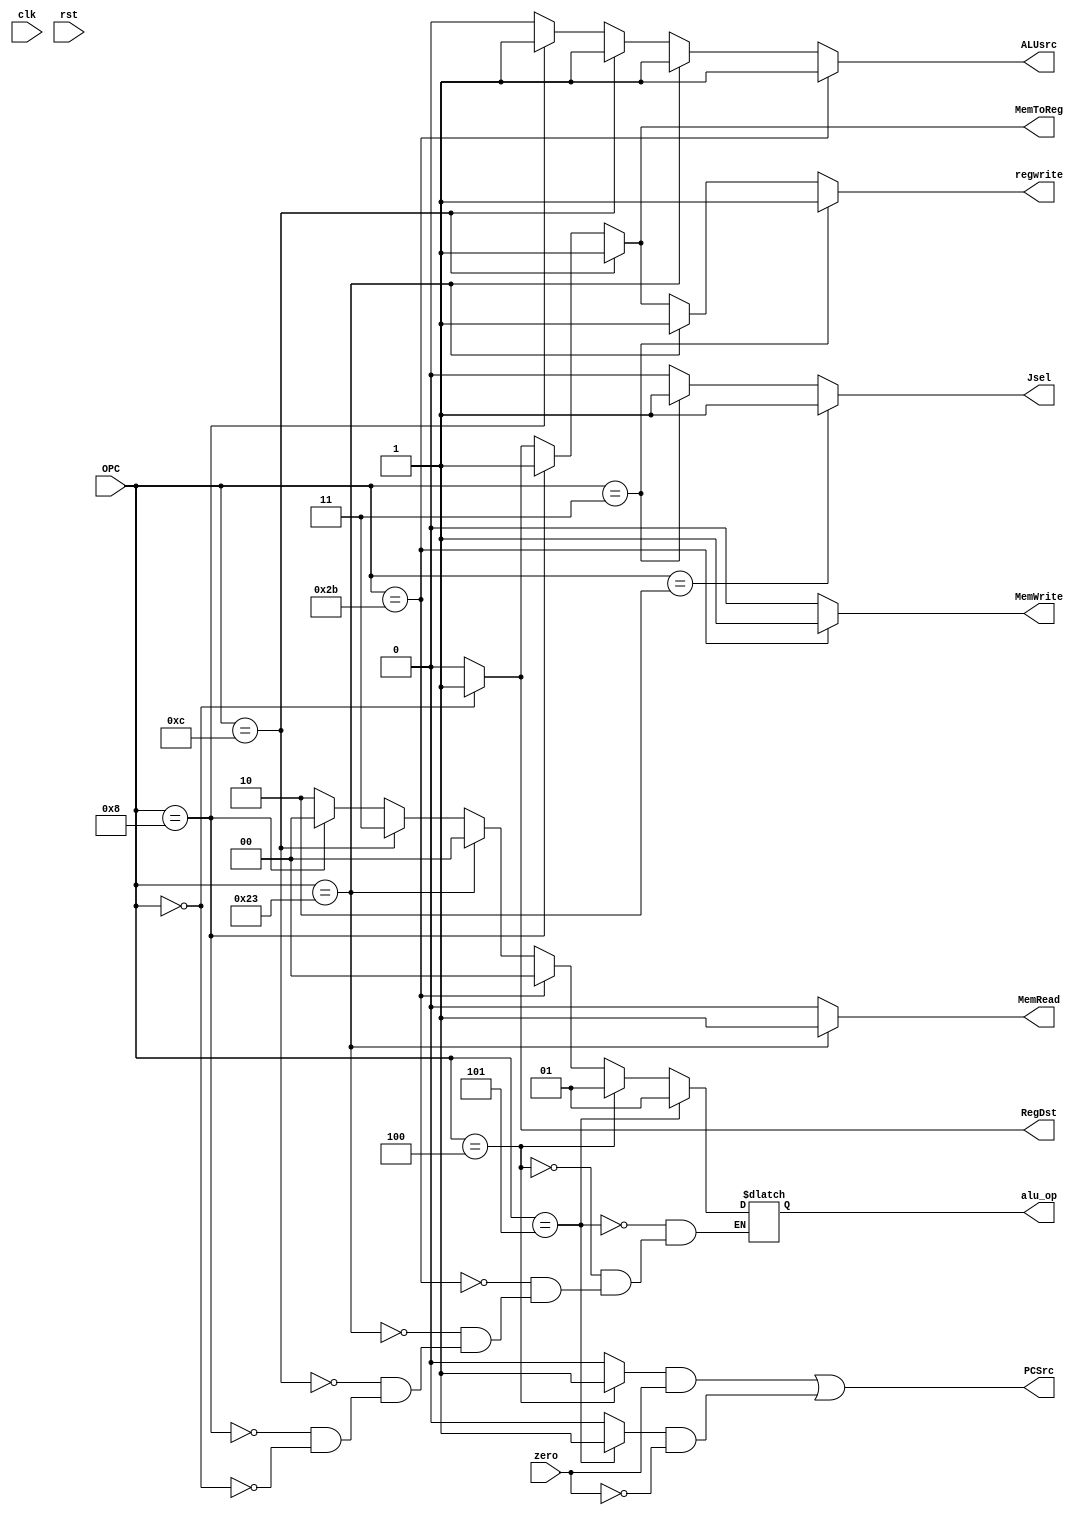
module controller(clk,rst,zero,OPC,ALUsrc,Jsel,regwrite,RegDst,alu_op,MemRead,MemWrite,MemToReg,PCSrc);
    input [5:0] OPC;
    input clk,rst,zero;
    output reg ALUsrc,Jsel,regwrite,RegDst,MemRead,MemWrite,MemToReg;
    output wire PCSrc;
    output reg [1:0] alu_op;
    reg branch,not_branch;
    always@(OPC)begin
        {ALUsrc,Jsel,regwrite,RegDst,MemRead,MemWrite,MemToReg,branch,not_branch} = 9'b0;
        if(OPC == 6'b000000) begin//Rtype
            {RegDst,regwrite,MemToReg} = 3'b111;
            alu_op = 2'b10;
        end
        if(OPC == 6'b001000) begin//addi
            {regwrite,ALUsrc,MemToReg} = 3'b111;
            alu_op = 2'b00;
        end
        if(OPC == 6'b001100) begin//andi
            {regwrite,ALUsrc,MemToReg} = 3'b111;
            alu_op = 2'b11;
        end
        if(OPC == 6'b100011) begin//lw
            {regwrite,ALUsrc,MemRead} = 3'b111;
            alu_op = 2'b00;
        end
        if(OPC == 6'b101011) begin//sw
            {ALUsrc,MemWrite} = 2'b11;
            alu_op = 2'b00;
        end
        if(OPC == 6'b000100) begin//beq
            branch = 1'b1;
            alu_op = 2'b01;
        end
        if(OPC == 6'b000101) begin//bne
            not_branch = 1'b1;
            alu_op = 2'b01;
        end
        if(OPC == 6'b000011) begin//Jal 
            {regwrite,Jsel} = 2'b11;
        end
        if(OPC == 6'b000010) begin//j 
            Jsel = 1'b1;
        end
    end
    assign PCSrc = (branch & zero) | (not_branch & (~zero) ) ;

endmodule